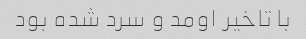
با تاخیر اومد و سرد شده بود